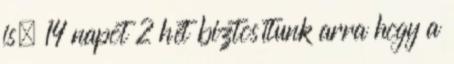
is. 14 napot 2 hét biztosítunk arra hogy a